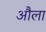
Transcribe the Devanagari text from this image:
औला